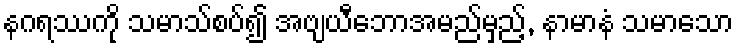
နဂရဿကို သမာသ်စပ်၍ အဗျယီဘောအမည်မှည့်, နာမာနံ သမာသော